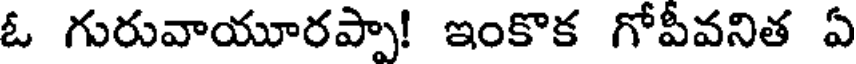
ఓ గురువాయూరప్పా! ఇంకొక గోపీవనిత ఏ